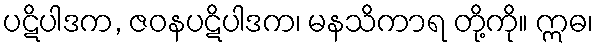
ပဋိပါဒက, ဇဝနပဋိပါဒက၊ မနသိကာရ တို့ကို။ ဣဓ၊